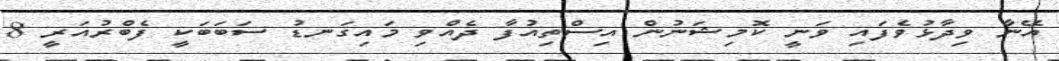
އޭނާ ވިދާޅުވެފައި ވަނީ ކޮމިޝަނުން އިސްތިއުފާ ދެއްވި މައިގަނޑު ސަބަބަކީ ފެބްރުއަރީ 8